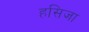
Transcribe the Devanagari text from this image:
हसिजा